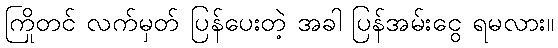
ကြိုတင် လက်မှတ် ပြန်ပေးတဲ့ အခါ ပြန်အမ်းငွေ ရမလား။